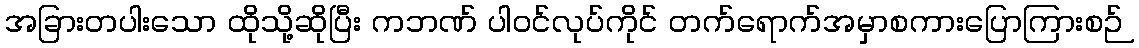
အခြားတပါးသော ထိုသို့ဆိုပြီး ကဘဏ် ပါဝင်လုပ်ကိုင် တက်ရောက်အမှာစကားပြောကြားစဉ်